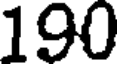
190